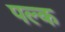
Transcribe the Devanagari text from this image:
पल्क